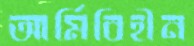
আর্মিবিহীন